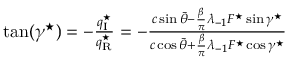
\begin{array} { r } { \tan ( \gamma ^ { \star } ) = - \frac { q _ { \mathrm { { I } } } ^ { \star } } { q _ { \mathrm { { R } } } ^ { \star } } = - \frac { c \sin \bar { \theta } - { \frac { \beta } { \pi } } \lambda _ { \mathrm { - } 1 } F ^ { \star } \sin \gamma ^ { \star } } { c \cos \bar { \theta } + { \frac { \beta } { \pi } } \lambda _ { \mathrm { - } 1 } F ^ { \star } \cos \gamma ^ { \star } } } \end{array}